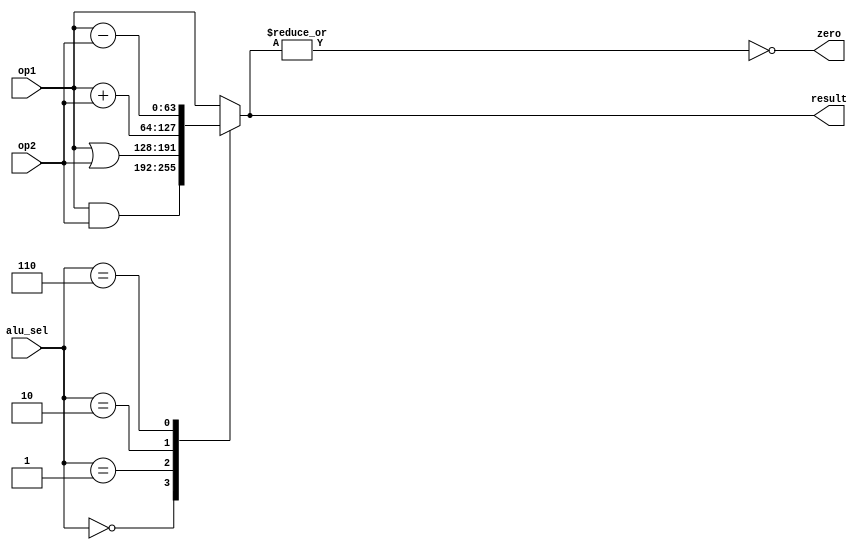
`timescale 1ns/1ps

module  alu(
    input   [63:0]      op1,
    input   [63:0]      op2,
    input   [3:0]      alu_sel,
    output              zero,
    output  reg [63:0]  result
);

always  @(*)    begin
    case(alu_sel)
        4'b0000:result  <=  op1 & op2;
        4'b0001:result  <=  op1 | op2;
        4'b0010:result  <=  op1 + op2;
        4'b0110:result  <=  op1 - op2;
        default:result  <=  op1;
    endcase
end

assign zero=~(|result);

endmodule